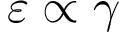
\varepsilon \propto \gamma